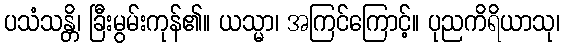
ပသံသန္တိ၊ ခြီးမွမ်းကုန်၏။ ယသ္မာ၊ အကြင်ကြောင့်။ ပုညကိရိယာသု၊